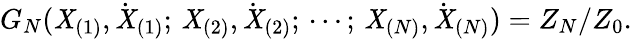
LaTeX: G_{N}(\mathit{X}_{(1)},\dot{{\mathit{X}}}_{(1)};\, \mathit{X}_{(2)},\dot{{\mathit{X}}}_{(2)};\, \cdots;\, \mathit{X}_{(N)},\dot{{\mathit{X}}}_{(N)})=Z_{N}/Z_{0}.